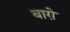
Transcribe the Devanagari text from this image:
बाग़े